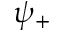
\psi _ { + }